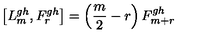
\left[ L _ { m } ^ { g h } , F _ { r } ^ { g h } \right] = \left( \frac { m } { 2 } - r \right) F _ { m + r } ^ { g h }